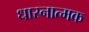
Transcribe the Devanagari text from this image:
धारनात्मक